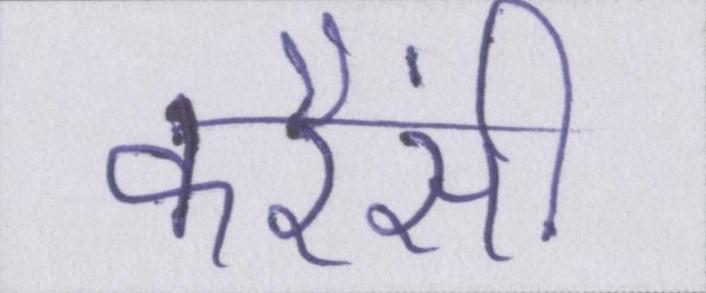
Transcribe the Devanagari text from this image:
करैंसी